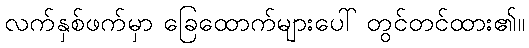
လက်နှစ်ဖက်မှာ ခြေထောက်များပေါ် တွင်တင်ထား၏။